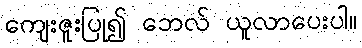
ကျေးဇူးပြု၍ ဘေလ် ယူလာပေးပါ။